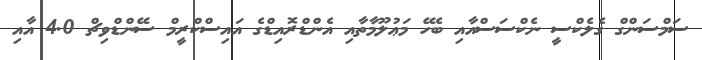
ސަމްސަންގް ގެލެކްސީ ނެކްސަސްއާއި ބެހޭ މަޢުލޫމާތާއި އެންޑްރޮއިޑްގެ އައިސްކްރީމް ސޭންޑްވިޗް 4.0 އާއި